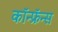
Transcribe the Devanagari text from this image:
कॉन्फ्रॅन्स